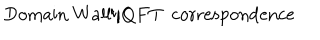
\mathrm { D o m a i n ~ W a l l } / Q F T \, \, \, \mathrm { c o r r e s p o n d e n c e }